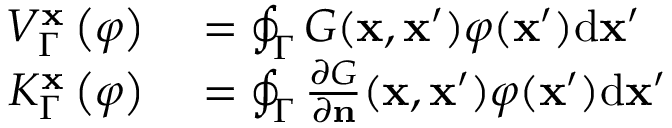
\begin{array} { r l } { V _ { \Gamma } ^ { \mathbf { x } } \left( \varphi \right) } & { { } = \oint _ { \Gamma } G ( \mathbf { x } , \mathbf { x } ^ { \prime } ) \varphi ( \mathbf { x } ^ { \prime } ) \mathrm { { d } \mathbf { x } ^ { \prime } } } \\ { K _ { \Gamma } ^ { \mathbf { x } } \left( \varphi \right) } & { { } = \oint _ { \Gamma } \frac { \partial G } { \partial \mathbf { n } } ( \mathbf { x } , \mathbf { x } ^ { \prime } ) \varphi ( \mathbf { x } ^ { \prime } ) \mathrm { { d } \mathbf { x } ^ { \prime } } } \end{array}